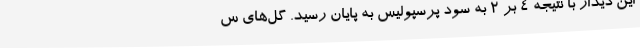
این دیدار با نتیجه ۴ بر ۲ به سود پرسپولیس به پایان رسید. گل‌های س